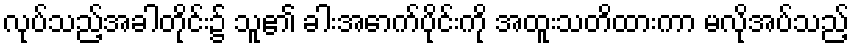
လုပ်သည့်အခါတိုင်း၌ သူ၏ ခါးအောက်ပိုင်းကို အထူးသတိထားကာ မလိုအပ်သည့်